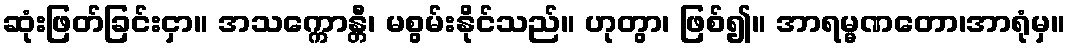
ဆုံးဖြတ်ခြင်းငှာ။ အသက္ကောန္တီ၊ မစွမ်းနိုင်သည်။ ဟုတွာ၊ ဖြစ်၍။ အာရမ္မဏတော၊အာရုံမှ။